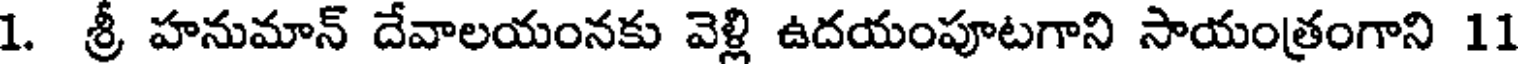
1. శ్రీ హనుమాన్ దేవాలయంనకు వెళ్లి ఉదయంపూటగాని సాయంత్రంగాని 11